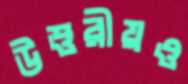
উত্তরীয়ও